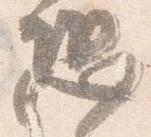
恐